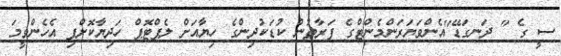
ސީ ގެ " ދަނގަޑޭ"އެންވަޔަރަންމެންޓްގެ ފަރާތުން ކުޑަކުދިންގެ ހިޔާއަށް ލެޕްޓޮޕް ހަދިޔާކޮށްފި އެހެންވީމަ